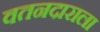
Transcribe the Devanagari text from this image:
वतनदाराला